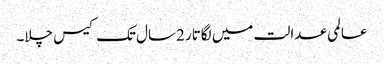
عالمی عدالت میں لگاتار 2سال تک کیس چلا۔